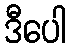
ဒီပေါ